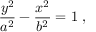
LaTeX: { \frac { y ^ { 2 } } { a ^ { 2 } } } - { \frac { x ^ { 2 } } { b ^ { 2 } } } = 1 \ ,